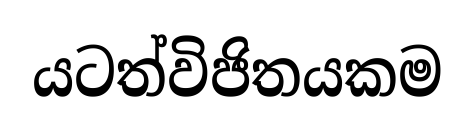
යටත්විජිතයකම